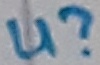
Text: U?